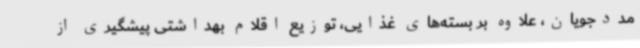
مددجویان، علاوه بر بسته‌های غذایی، توزیع اقلام بهداشتی پیشگیری از